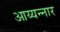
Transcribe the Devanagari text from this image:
आय्यन्नार